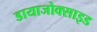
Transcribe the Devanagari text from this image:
डायाजोक्साइड